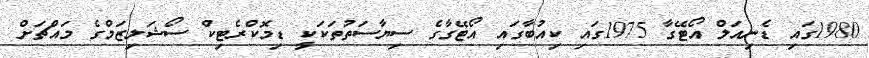
1980ގައި ޑެނިއަލް އޯޓޭގާ 1975ގައި ކިއުބާގައި އޯޓޭގާގެ ސިޔާސަތުތަކަކީ ޑިމޮކްރެޓިކް ސޯޝަލިޒަމްގެ މައްޗަށް